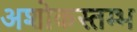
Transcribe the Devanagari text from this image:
अशोकस्तम्भ